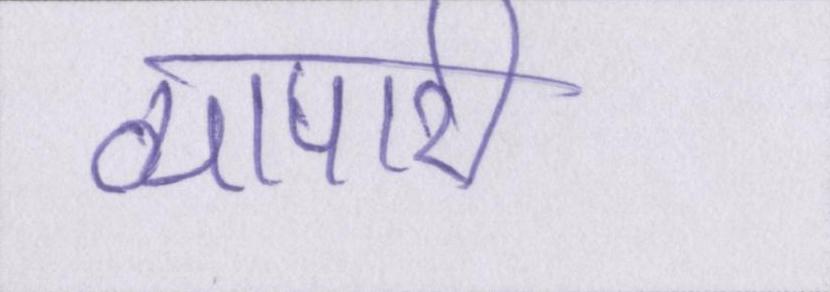
व्यापारी